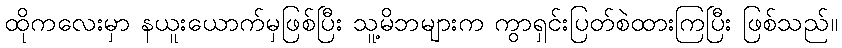
ထိုကလေးမှာ နယူးယောက်မှဖြစ်ပြီး သူ့မိဘများက ကွာရှင်းပြတ်စဲထားကြပြီး ဖြစ်သည်။